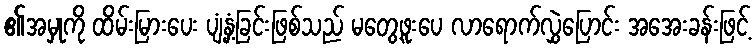
၏အမှုကို ထိမ်းမြားပေး ပျံ့နှံ့ခြင်းဖြစ်သည် မတွေ့ဖူးပေ လာရောက်လွှဲပြောင်း အအေးခန်းဖြင့်